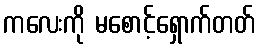
ကလေးကို မစောင့်ရှောက်တတ်